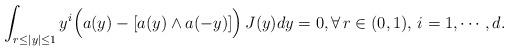
LaTeX: \begin{align*} \int_{r\leq |y|\leq 1}y^i\Big(a(y)-[a(y)\wedge a(-y)]\Big)\,J(y)dy=0, \forall \,r\in (0,1),\, i=1,\cdots,d.\end{align*}